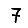
Digit: 7